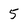
Character: 5